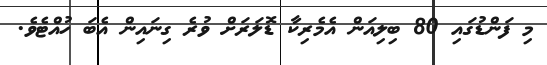
މި ފަންޑުގައި 80 ބިލިއަން އެމެރިކާ ޑޮލަރަށް ވުރެ ގިނައިން އެބަ ހުއްޓެވެ.